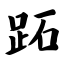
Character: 跖